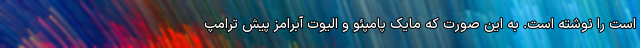
است را نوشته است. به این صورت که مایک پامپئو و الیوت آبرامز پیش ترامپ